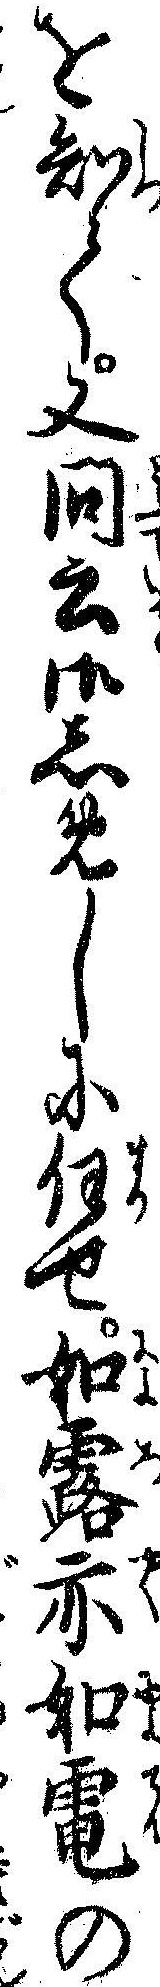
を知て又問云御しめしに任せ如露亦如電の